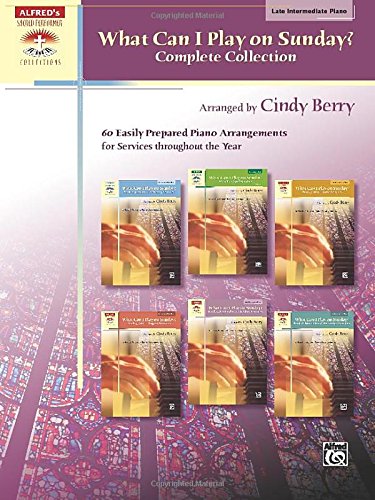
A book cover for What Can I Play on Sunday?, Complete Collection: 60 Easily Prepared Piano Arrangements for Services Throughout the Year (Sacred Performer Collections); Cindy Berry; Christian Books & Bibles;